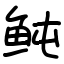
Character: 鲀